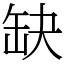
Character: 缺